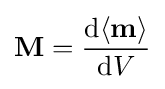
\mathbf {M} ={\mathrm {d} \langle \mathbf {m} \rangle  \over \mathrm {d} V}\,\!